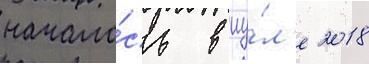
начало́сь в иу́л'е 2018